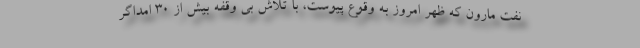
نفت مارون که ظهر امروز به وقوع پیوست، با تلاش بی وقفه بیش از ۳۰ امداگر